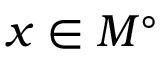
x \in M ^ { \circ }